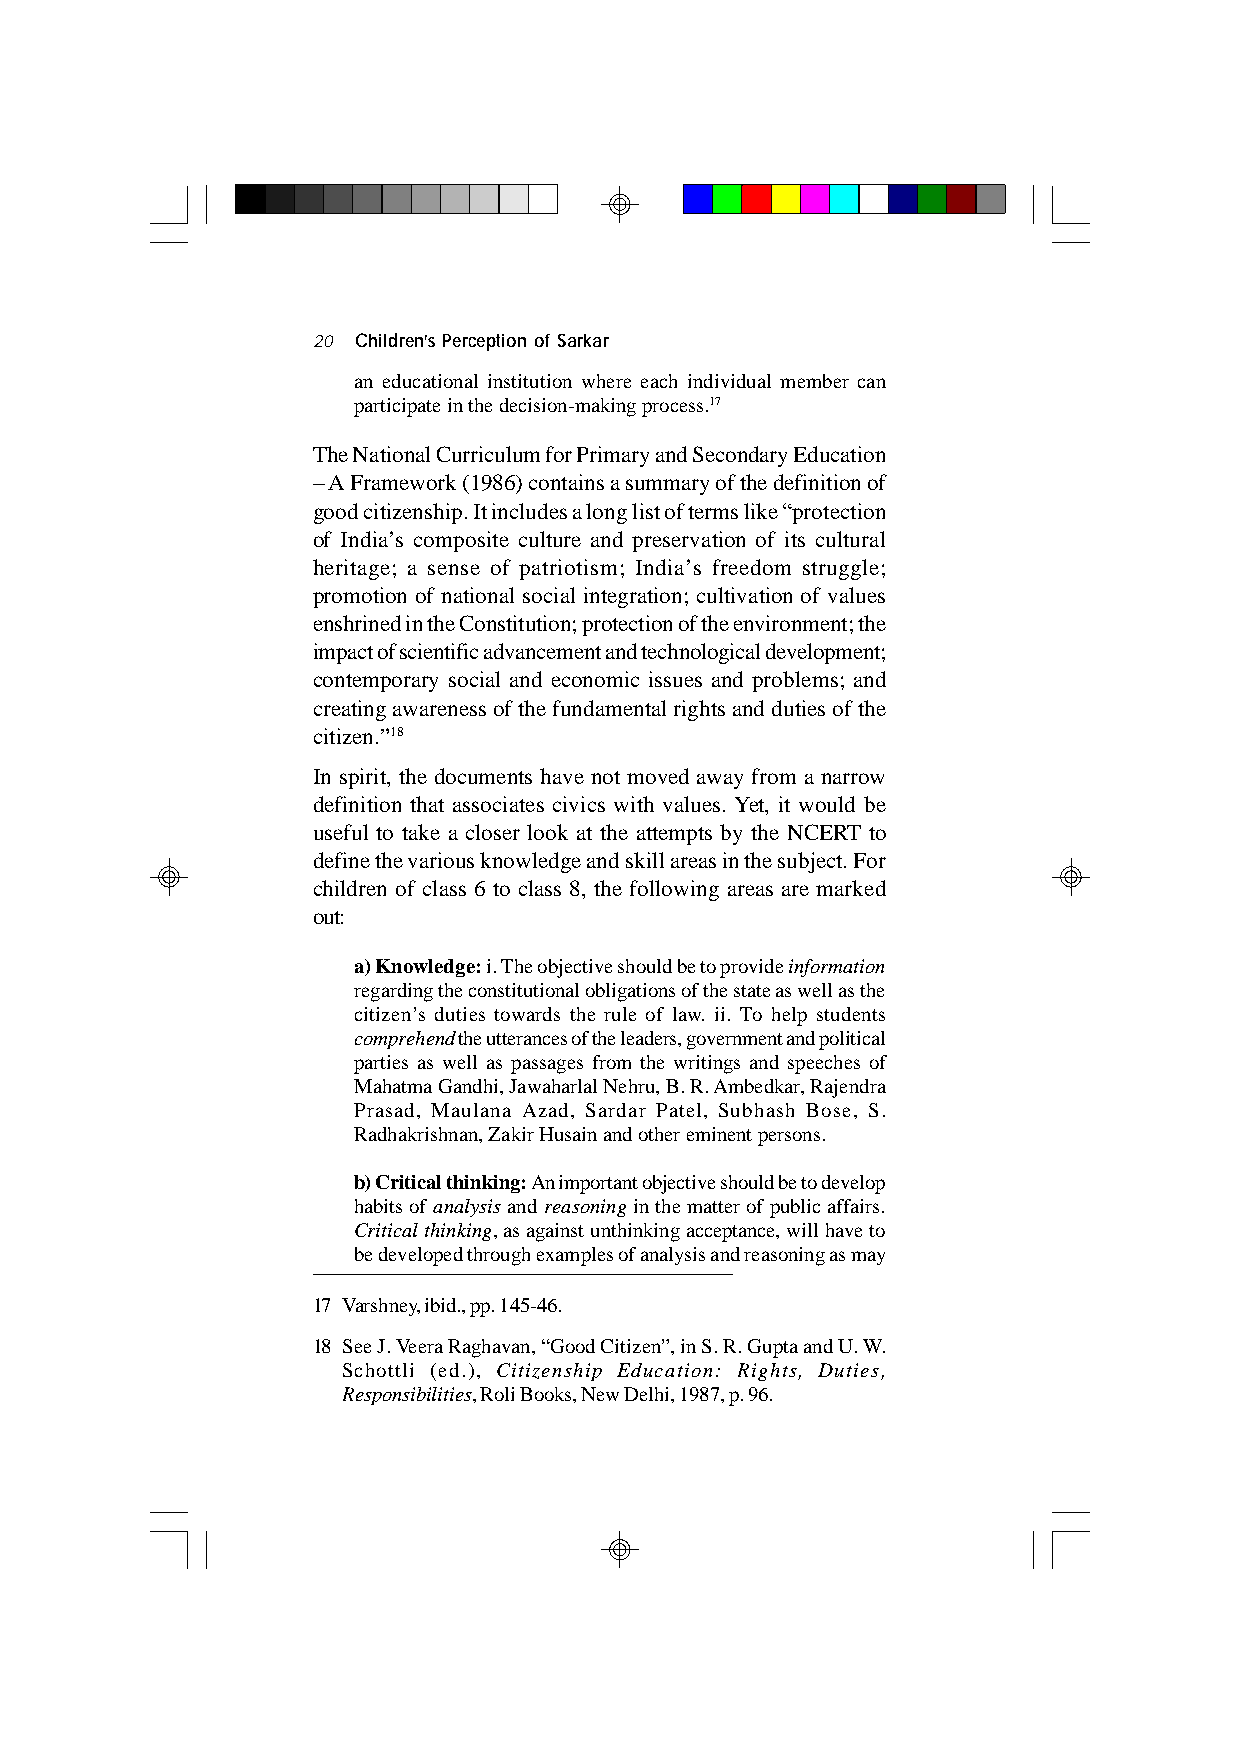
20 Children’s Perception of Sarkar
 an educational institution where each individual member can
 participate in the decision-making process.17
 The National Curriculum for Primary and Secondary Education
 – A Framework (1986) contains a summary of the definition of
 good citizenship. It includes a long list of terms like “protection
 of India’s composite culture and preservation of its cultural
 heritage; a sense of patriotism; India’s freedom struggle;
 promotion of national social integration; cultivation of values
 enshrined in the Constitution; protection of the environment; the
 impact of scientific advancement and technological development;
 contemporary social and economic issues and problems; and
 creating awareness of the fundamental rights and duties of the
 citizen.”18
 In spirit, the documents have not moved away from a narrow
 definition that associates civics with values. Yet, it would be
 useful to take a closer look at the attempts by the NCERT to
 define the various knowledge and skill areas in the subject. For
 children of class 6 to class 8, the following areas are marked
 out:
 a) Knowledge: i. The objective should be to provide information
 regarding the constitutional obligations of the state as well as the
 citizen’s duties towards the rule of law. ii. To help students
 comprehend the utterances of the leaders, government and political
 parties as well as passages from the writings and speeches of
 Mahatma Gandhi, Jawaharlal Nehru, B. R. Ambedkar, Rajendra
 Prasad, Maulana Azad, Sardar Patel, Subhash Bose, S.
 Radhakrishnan, Zakir Husain and other eminent persons.
 b) Critical thinking: An important objective should be to develop
 habits of analysis and reasoning in the matter of public affairs.
 Critical thinking, as against unthinking acceptance, will have to
 be developed through examples of analysis and reasoning as may
 17 Varshney, ibid., pp. 145-46.
 18 See J. Veera Raghavan, “Good Citizen”, in S. R. Gupta and U. W.
 Schottli (ed.), Citizenship Education: Rights, Duties,
 Responsibilities, Roli Books, New Delhi, 1987, p. 96.